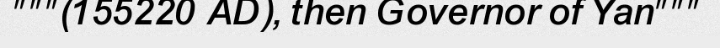
"""(155220 AD), then Governor of Yan"""